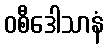
ဝစီဒေါသာနံ